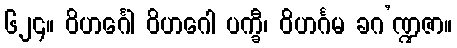
၆၂၄။ ဝိဟင်္ဂေါ ဝိဟဂေါ ပက္ခီ၊ ဝိဟင်္ဂမ ခဂ’ဏ္ဍဇာ။